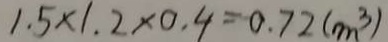
1 . 5 \times 1 . 2 \times 0 . 4 = 0 . 7 2 ( m ^ { 3 } )